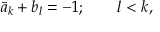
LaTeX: \bar { a } _ { k } + b _ { l } = - 1 ; \quad \quad l < k ,